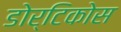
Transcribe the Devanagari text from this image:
डोर्टिकोस